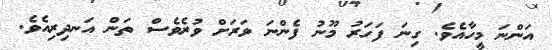
އަންނަ މީހާއެވެ. ގިނަ ފަހަރު މޫނު ފެންނަ ވަރަށް ވުރެވެސް ތަން އަނދިރިއެވެ.